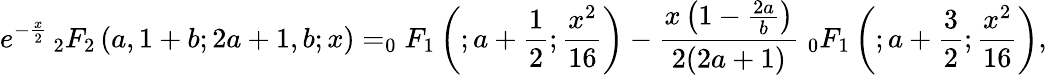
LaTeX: e^{-{\frac{x}{2}}}\, _{2}F_{2}\left(a,1+b;2a+1,b;x\right)=_{0}F_{1}\left(;a+{\frac{1}{2}};{\frac{x^{2}}{16}}\right)-{\frac{x\left(1-{\frac{2a}{b}}\right)}{2(2a+1)}}\; _{0}F_{1}\left(;a+{\frac{3}{2}};{\frac{x^{2}}{16}}\right),